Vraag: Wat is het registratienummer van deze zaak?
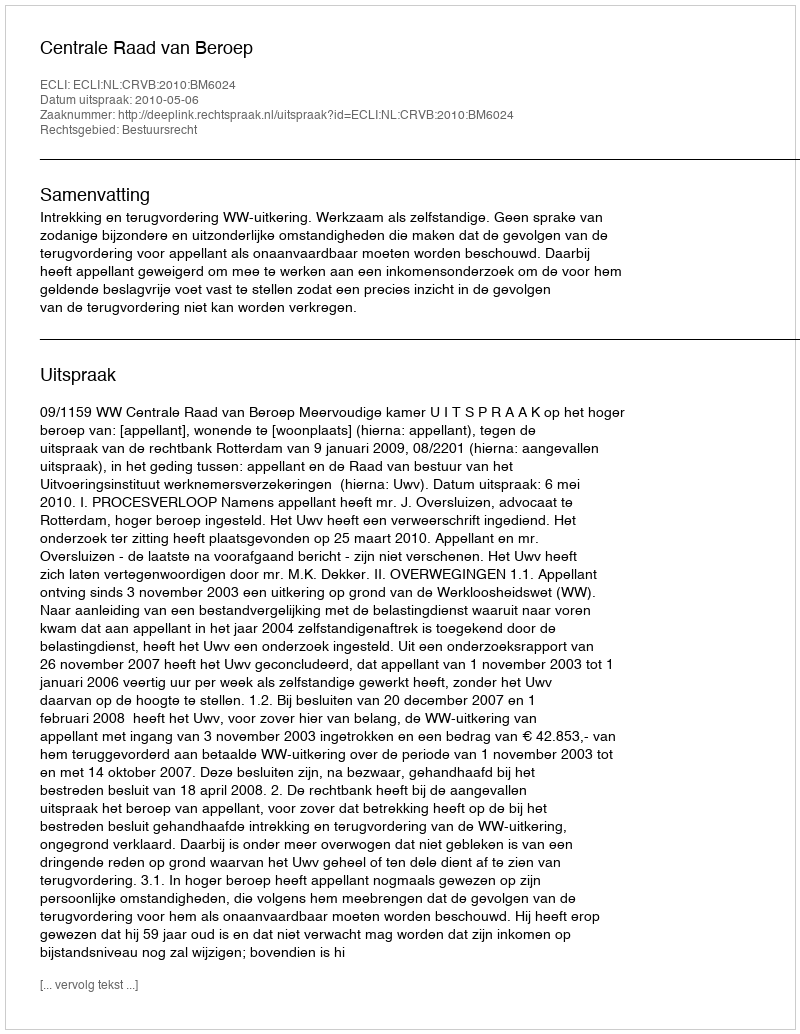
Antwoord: http://deeplink.rechtspraak.nl/uitspraak?id=ECLI:NL:CRVB:2010:BM6024